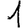
Digit: 1